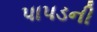
પાપડની